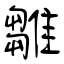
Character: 雛